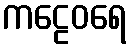
ကဠေဝရေ